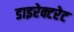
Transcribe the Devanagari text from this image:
डाइरेक्टरेट